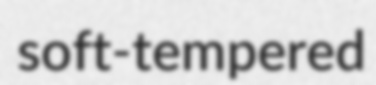
soft-tempered